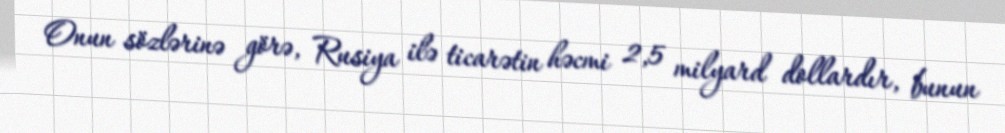
Onun sözlərinə görə, Rusiya ilə ticarətin həcmi 2,5 milyard dollardır, bunun